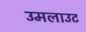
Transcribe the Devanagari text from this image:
उमलाउट